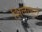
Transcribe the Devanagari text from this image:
शिलापटों